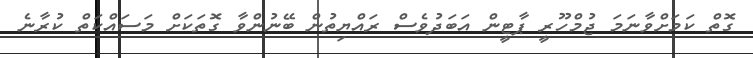
ގޮތް ކަމަށްވާނަމަ ޖުމްހޫރީ ޕާޓީން އަބަދުވެސް ރައްޔިތުން ބޭނުންވާ ގޮތަކަށް މަސައްކަތް ކުރާނެ